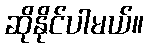
ဆိုနိုင်ပါမယ်။